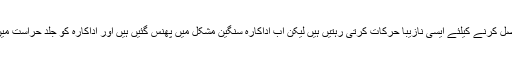
اداکارہ شہرت حاصل کرنے کیلئے ایسی نازیبا حرکات کرتی رہتیں ہیں لیکن اب اداکارہ سنگین مشکل میں پھنس گئیں ہیں اور اداکارہ کو جلد حراست میں لے لیا جائے گا۔